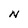
Character: N